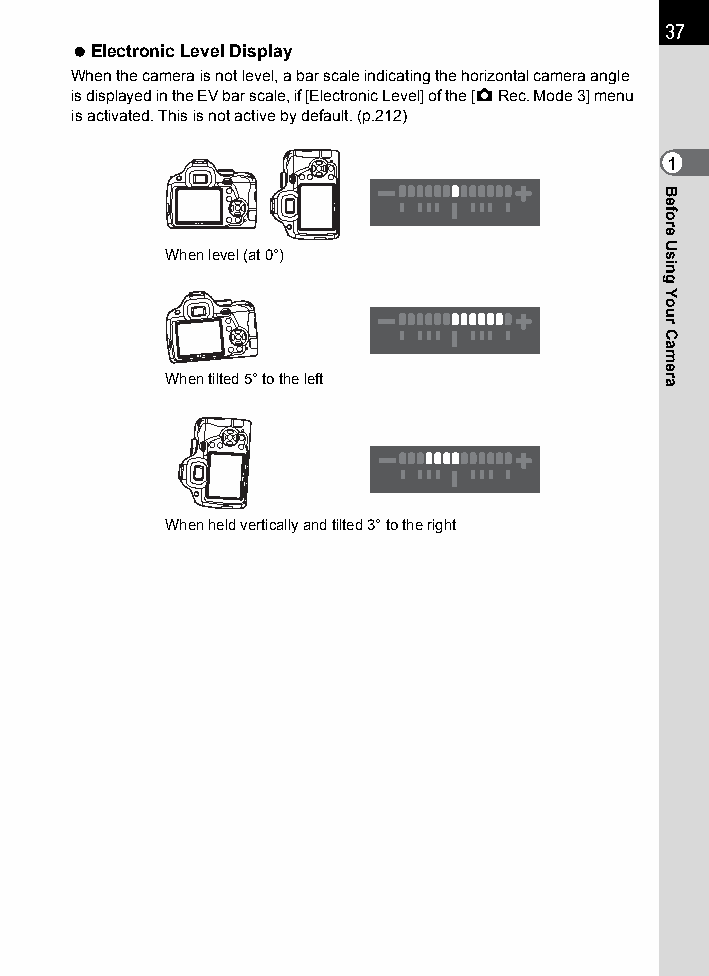
37
 Electronic Level Display
 When the camera is not level, a bar scale indicating the horizontal camera angle
 is displayed in the EV bar scale, if [Electronic Level] of the [A Rec. Mode 3] menu
 is activated. This is not active by default. (p.212)
 1
 When level (at 0°)
 When tilted 5° to the left
 When held vertically and tilted 3° to the right
 Before
 Using
 Your
 Camera